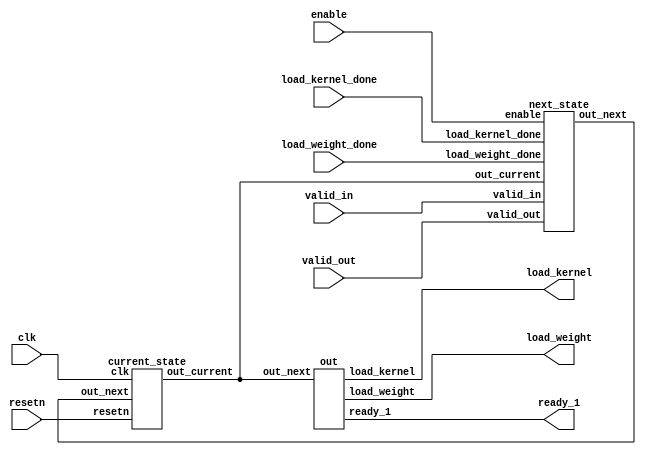
module controler (clk,resetn,enable,load_kernel_done,load_weight_done,valid_in,valid_out,load_kernel,load_weight,ready_1);
  
  
  input clk,resetn;
  input enable;
  input load_kernel_done,load_weight_done;
  input valid_in;
  input valid_out;
  //input done;
  wire [2:0]out_next,out_current;
  output load_kernel,load_weight,ready_1;
  next_state inst(enable,load_kernel_done,load_weight_done,valid_in,valid_out,out_current,out_next);
  current_state inst1(clk, resetn, out_next,out_current);
  out   inst2(out_current,load_kernel,load_weight,ready_1);
  
  
endmodule


module current_state(clk,resetn,out_next,out_current);
  
  input clk,resetn;
  input [2:0]out_next;
  output reg [2:0]out_current;
  always @(posedge clk or negedge resetn)begin
    if(resetn ==0)
      out_current <=0;
    else
      out_current <= out_next;

  end
endmodule

module next_state(enable,load_kernel_done,load_weight_done,valid_in,valid_out,out_current,out_next);
  parameter IDLE = 0;
  parameter LOADKERNEL =1;
  parameter LOADWEIGHT =2;
  parameter READY = 4;
  parameter RUN =5;
  parameter DONE = 6;
  
  input enable;
  input load_kernel_done,load_weight_done;
  input valid_in;
  input valid_out;
  input [2:0]out_current;
  
  output reg [2:0]out_next;
  
  
  always @(*)begin
    case(out_current)
      IDLE: if(enable == 0) out_next <= IDLE;
          else out_next <= LOADKERNEL;
      LOADKERNEL: if(load_kernel_done == 0) out_next <= LOADKERNEL;
                else out_next <= LOADWEIGHT;
      LOADWEIGHT: if(load_weight_done ==0) out_next <= LOADWEIGHT;
                  else out_next <= READY;
      READY: if(valid_in == 0) out_next<=READY;
            else out_next <= RUN;
              
      RUN: if(valid_out ==0) out_next <= RUN;
          else out_next <= DONE;
      DONE:   out_next <= READY;
    endcase
    
    
    
    
  end
endmodule
    
     
     
     module out(out_next,load_kernel,load_weight,ready_1);
       
       parameter IDLE = 0;
  parameter LOADKERNEL =1;
  parameter LOADWEIGHT =2;
  parameter READY = 4;
  parameter RUN =5;
   parameter DONE = 6;     
       input [2:0]out_next;
       output reg load_kernel;
       output reg load_weight;
       output reg ready_1;
     
       always @(*)begin
         case(out_next)
           IDLE: begin
                  load_kernel <=0;
                  load_weight <=0;
           end
           LOADKERNEL: begin
                          load_kernel <=1;
                          load_weight <=0;
                          ready_1 <=0;
                         
                      end
            LOADWEIGHT: begin
                          load_kernel <=0;
                          load_weight <=1;
                          ready_1 <=0;
                         
                      end
            READY: begin
                          load_kernel <=0;
                          load_weight <=0;
                          ready_1 <=1;
                          
                      end
            RUN: begin
                          load_kernel <=0;
                          load_weight <=0;
                          ready_1 <=0;
                         
                      end
          DONE: begin
                          load_kernel <=0;
                          load_weight <=0;
                          ready_1 <=0;
                          
                      end
                      
        endcase
         
         
         end
         
         
         
         endmodule